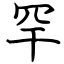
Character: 罕